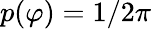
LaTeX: p(\varphi)=1/2\pi